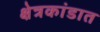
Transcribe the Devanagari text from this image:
क्षेत्रकांडात